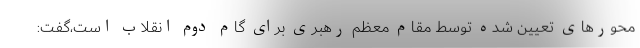
محورهای تعیین شده توسط مقام معظم رهبری برای گام دوم انقلاب است،گفت: